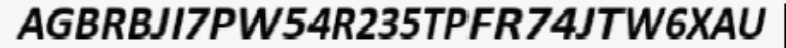
AGBRBJI7PW54R235TPFR74JTW6XAU